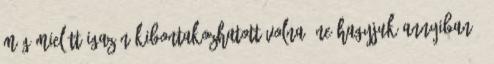
még mielőtt igazán kibontakozhatott volna. Ne hagyjuk annyiban –